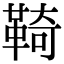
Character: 䩭